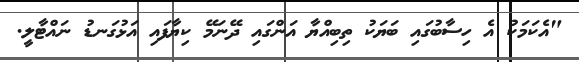
"އެކަމަކު އެ ހިސާބުގައި ބަޔަކު ތިބިއްޔާ އަންގައި ދޭނަމޭ ކިޔާފައި އަޅުގަނޑު ނައްޓާލީ.